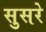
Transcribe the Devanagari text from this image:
सुसरे